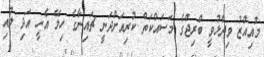
މުއިއްޒު ވިދާޅުވީ ބްރިޖްގެ މަސައްކަތް ކުރިއަށްދަނީ ޗައިނާގެ ހިލޭ އެހީ އަދި ލުއި